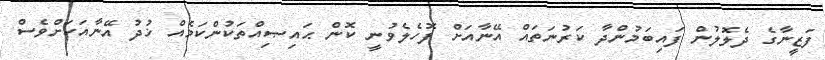
ފަޒީނާގެ ދެލޮލުން ފައިބަމުންދާ ކަރުނަތައް އޭނާއަށް ފޮހެލެވުނީ ކޮން ޙައިޞިއްތަކުންކަމެއް ޚުދު އޭނާއަކަށްވެސް